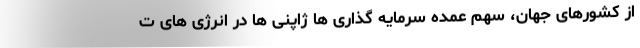
از کشورهای جهان، سهم عمده سرمایه گذاری ها ژاپنی ها در انرژی های ت